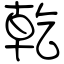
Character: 乾